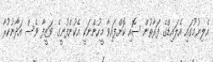
އެލިޔުމުގައި އެލައިޑްގެ ފަރާތުން ސޮއި ކޮށްފައިވާ މީހުންނަކީ އެކުންފުނީގެ ވަޒީފާ ވެސް އަދާނުކުރާ